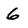
Character: 6